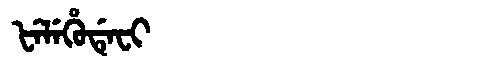
Manchu: ᡶᡝᠯᡝᡥᡠᡩᡝᠸᡳ
Romanization: FELEHUDEFI